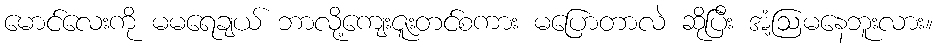
မောင်လေးကို မမရေချယ် ဘာလို့ကျေးဇူးတင်စကား မပြောတာလဲ ဆိုပြီး အံ့ဩမနေဘူးလား။